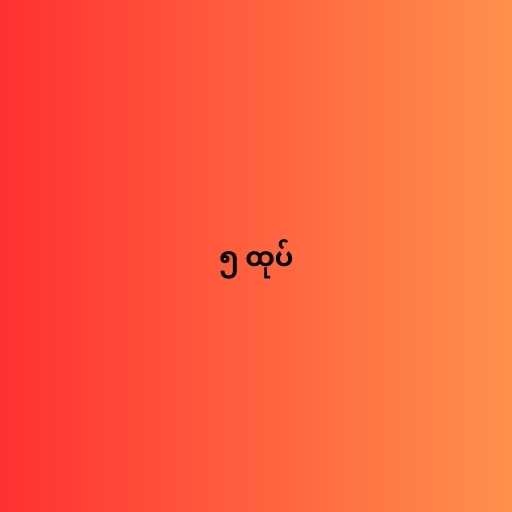
၅ ထုပ်